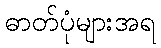
ဓာတ်ပုံများအရ